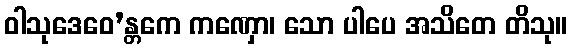
ဝါသုဒေဝေ’န္တကေ ကဏှော၊ သော ပါပေ အသိတေ တိသု။